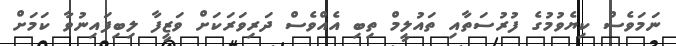
ނަމަވެސް ކިޔެވުމުގެ ފުރުސަތާއި ތައުލީމް ތިބި އެއްވެސް ދަރިވަރަކަށް ވަޒީފާ ލިބިފައިނުވާ ކަމަށް